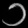
Digit: ၁